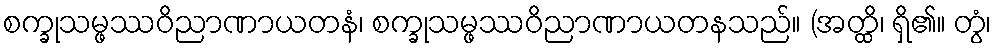
စက္ခုသမ္ဖဿဝိညာဏာယတနံ၊ စက္ခုသမ္ဖဿဝိညာဏာယတနသည်။ (အတ္ထိ၊ ရှိ၏။ တွံ၊